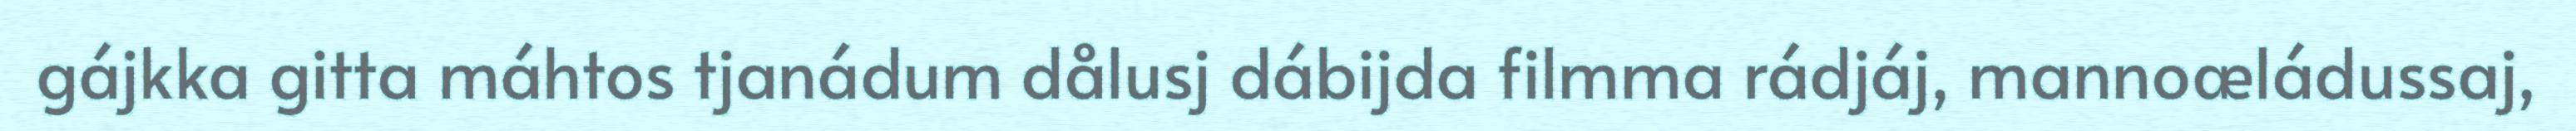
gájkka gitta máhtos tjanádum dålusj dábijda filmma rádjáj, mannoæládussaj,